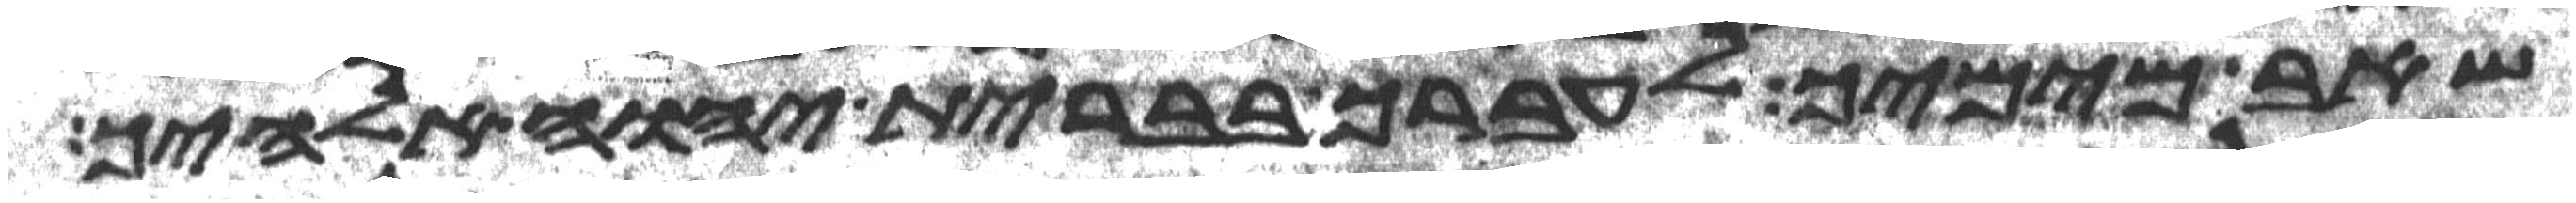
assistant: שאב מימיך לעברך בברית יהוה אלהיך